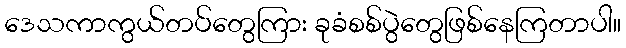
ဒေသကာကွယ်တပ်တွေကြား ခုခံစစ်ပွဲတွေဖြစ်နေကြတာပါ။